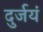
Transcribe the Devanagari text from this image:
दुर्जयं